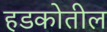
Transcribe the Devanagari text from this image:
हडकोतील